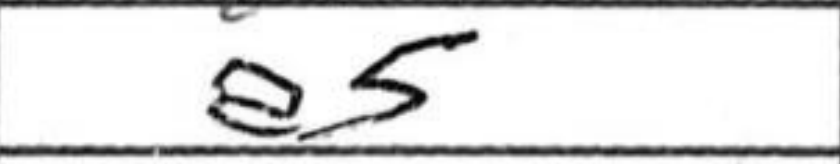
Transcription: e5